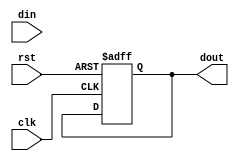

module layer_xor_new 
    # ( parameter  LUT_NUM_ONE_EQUATION    		= 0  , // 29 
                   LUT_OUT_NUM_ONE_EQUATION     = 0  , // 30 
                   BUS_WIDTH                    = LUT_NUM_ONE_EQUATION*32*6 
        )
( 
            input	            						clk      ,   
            input	            						rst      ,   
            input      [BUS_WIDTH-1:0]    				din      ,
            output reg [LUT_OUT_NUM_ONE_EQUATION*32-1:0]    dout 				      

 ) ;

wire [LUT_NUM_ONE_EQUATION*32-1:0]  dout_pre ;

genvar i,j;
generate
    for (i=0; i<32; i=i+1) begin : first_layer_1
    	for (j=0; j<LUT_NUM_ONE_EQUATION; j=j+1) begin : first_layer_2
    	   	LUT6 #(
		   	   .INIT(64'h6996966996696996)  // Specify LUT Contents
		   	) LUT6_inst (
		   	   .O(dout_pre[i*LUT_NUM_ONE_EQUATION+j]),   // LUT general output
		   	   .I0(din[i*LUT_NUM_ONE_EQUATION*6+j*6]), // LUT input
		   	   .I1(din[i*LUT_NUM_ONE_EQUATION*6+j*6+1]), // LUT input
		   	   .I2(din[i*LUT_NUM_ONE_EQUATION*6+j*6+2]), // LUT input
		   	   .I3(din[i*LUT_NUM_ONE_EQUATION*6+j*6+3]), // LUT input
		   	   .I4(din[i*LUT_NUM_ONE_EQUATION*6+j*6+4]), // LUT input
		   	   .I5(din[i*LUT_NUM_ONE_EQUATION*6+j*6+5])  // LUT input
		   	);
    	end
    end
endgenerate




integer m,n ;
always @(posedge clk or posedge rst) begin
	if (rst == 1'b1) begin
		dout <= 'b0 ;
	end
    else begin
        for (m=0; m<32; m=m+1) begin 
            for (n=0; n<LUT_OUT_NUM_ONE_EQUATION; n=n+1) begin 
                if ( n<LUT_NUM_ONE_EQUATION ) begin
                    dout[m*LUT_OUT_NUM_ONE_EQUATION+n] <= dout_pre[m*LUT_NUM_ONE_EQUATION+n];
                end
                else begin
                    dout[m*LUT_OUT_NUM_ONE_EQUATION+n] <= 1'b0 ;
                end
            end
        end
    end
end

endmodule 

// always @(posedge clk or posedge rst) begin
//     if (rst == 1'b1) begin
//         dout <= 'b0 ;
//     end
//     else begin
//        dout <= dout_pre ; 
//     end
// end